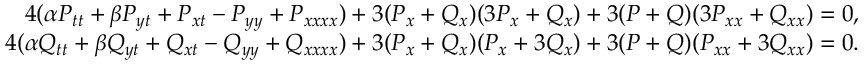
\begin{array} { r } { 4 ( \alpha P _ { t t } + \beta P _ { y t } + P _ { x t } - P _ { y y } + P _ { x x x x } ) + 3 ( P _ { x } + Q _ { x } ) ( 3 P _ { x } + Q _ { x } ) + 3 ( P + Q ) ( 3 P _ { x x } + Q _ { x x } ) = 0 , } \\ { 4 ( \alpha Q _ { t t } + \beta Q _ { y t } + Q _ { x t } - Q _ { y y } + Q _ { x x x x } ) + 3 ( P _ { x } + Q _ { x } ) ( P _ { x } + 3 Q _ { x } ) + 3 ( P + Q ) ( P _ { x x } + 3 Q _ { x x } ) = 0 . } \end{array}